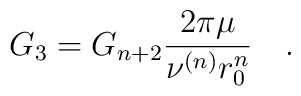
G_3=G_{n+2}\frac{2\pi\mu}{\nu^{(n)}r_0^n}\quad .